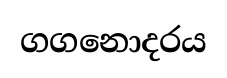
ගගනොදරය